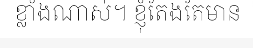
ខ្លាំងណាស់។ ខ្ញុំតែងតែមាន